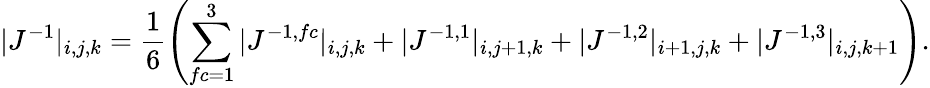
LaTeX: |J^{-1}|_{i,j,k}=\frac{1}{6}\left(\sum_{fc=1}^{3}|J^{-1,fc}|_{i,j,k}+|J^{-1,1}|_{i,j+1,k}+|J^{-1,2}|_{i+1,j,k}+|J^{-1,3}|_{i,j,k+1}\right).